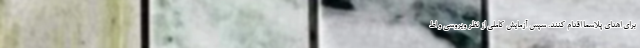
برای اهدای پلاسما اقدام کنند. سپس آزمایش کاملی از نظر ویروسی و اط